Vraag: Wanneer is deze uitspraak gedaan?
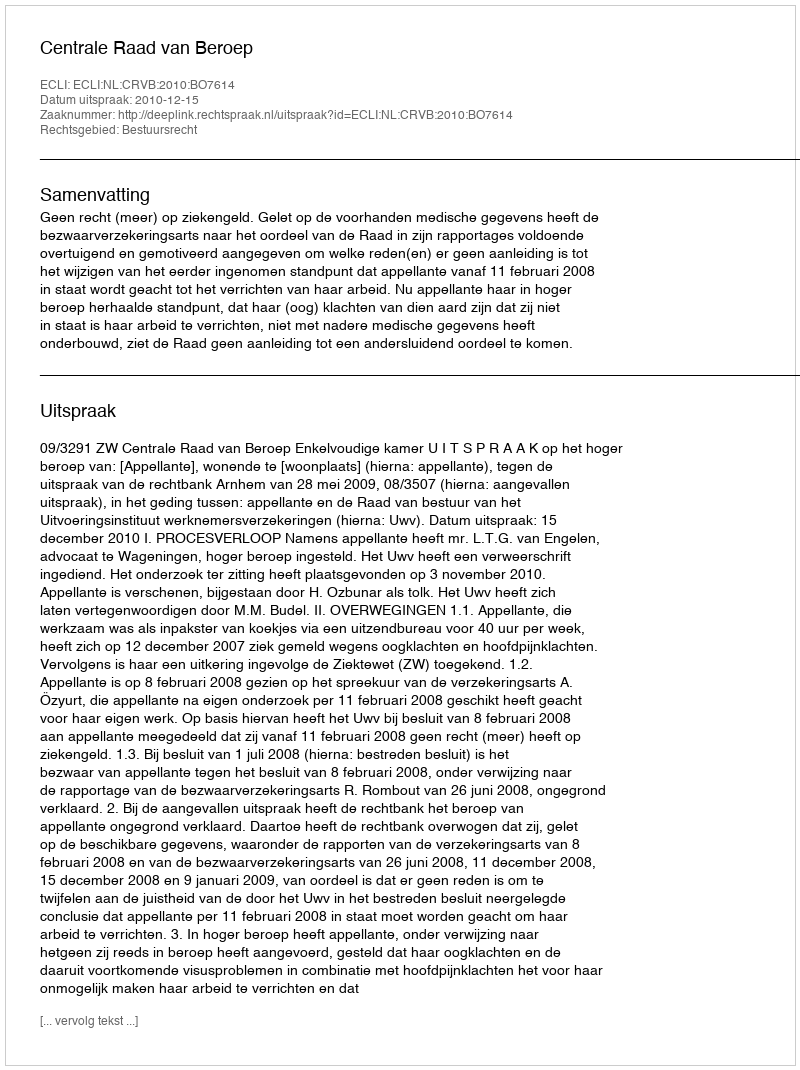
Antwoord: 2010-12-15